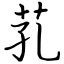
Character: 芤